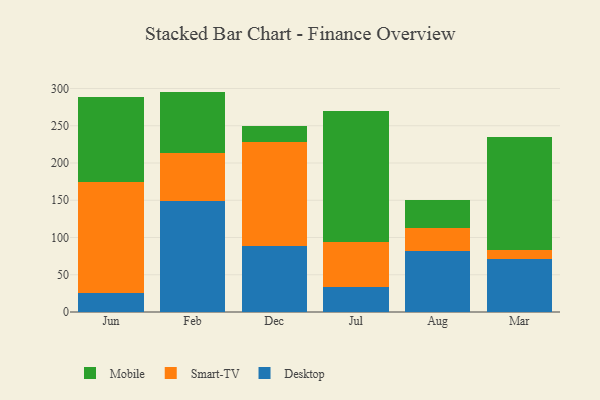
{"axis": {"x": "Month", "y": "Production Output"}, "legend": ["Desktop", "Mobile", "Smart-TV"], "data": [{"x": "Jun", "y": 24.9, "type": "Desktop"}, {"x": "Jun", "y": 150.0, "type": "Smart-TV"}, {"x": "Jun", "y": 113.8, "type": "Mobile"}, {"x": "Feb", "y": 149.3, "type": "Desktop"}, {"x": "Feb", "y": 63.7, "type": "Smart-TV"}, {"x": "Feb", "y": 82.8, "type": "Mobile"}, {"x": "Dec", "y": 88.8, "type": "Desktop"}, {"x": "Dec", "y": 139.0, "type": "Smart-TV"}, {"x": "Dec", "y": 22.0, "type": "Mobile"}, {"x": "Jul", "y": 34.1, "type": "Desktop"}, {"x": "Jul", "y": 60.3, "type": "Smart-TV"}, {"x": "Jul", "y": 175.3, "type": "Mobile"}, {"x": "Aug", "y": 81.4, "type": "Desktop"}, {"x": "Aug", "y": 31.7, "type": "Smart-TV"}, {"x": "Aug", "y": 37.2, "type": "Mobile"}, {"x": "Mar", "y": 71.3, "type": "Desktop"}, {"x": "Mar", "y": 11.9, "type": "Smart-TV"}, {"x": "Mar", "y": 151.9, "type": "Mobile"}]}